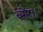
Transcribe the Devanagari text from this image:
वग़ैरा।